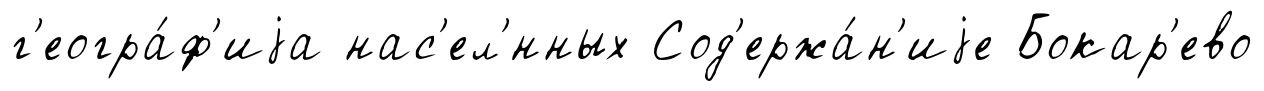
г'еогра́ф'иjа нас'ел'́нных Сод'ержа́н'иjе Бокар'ево